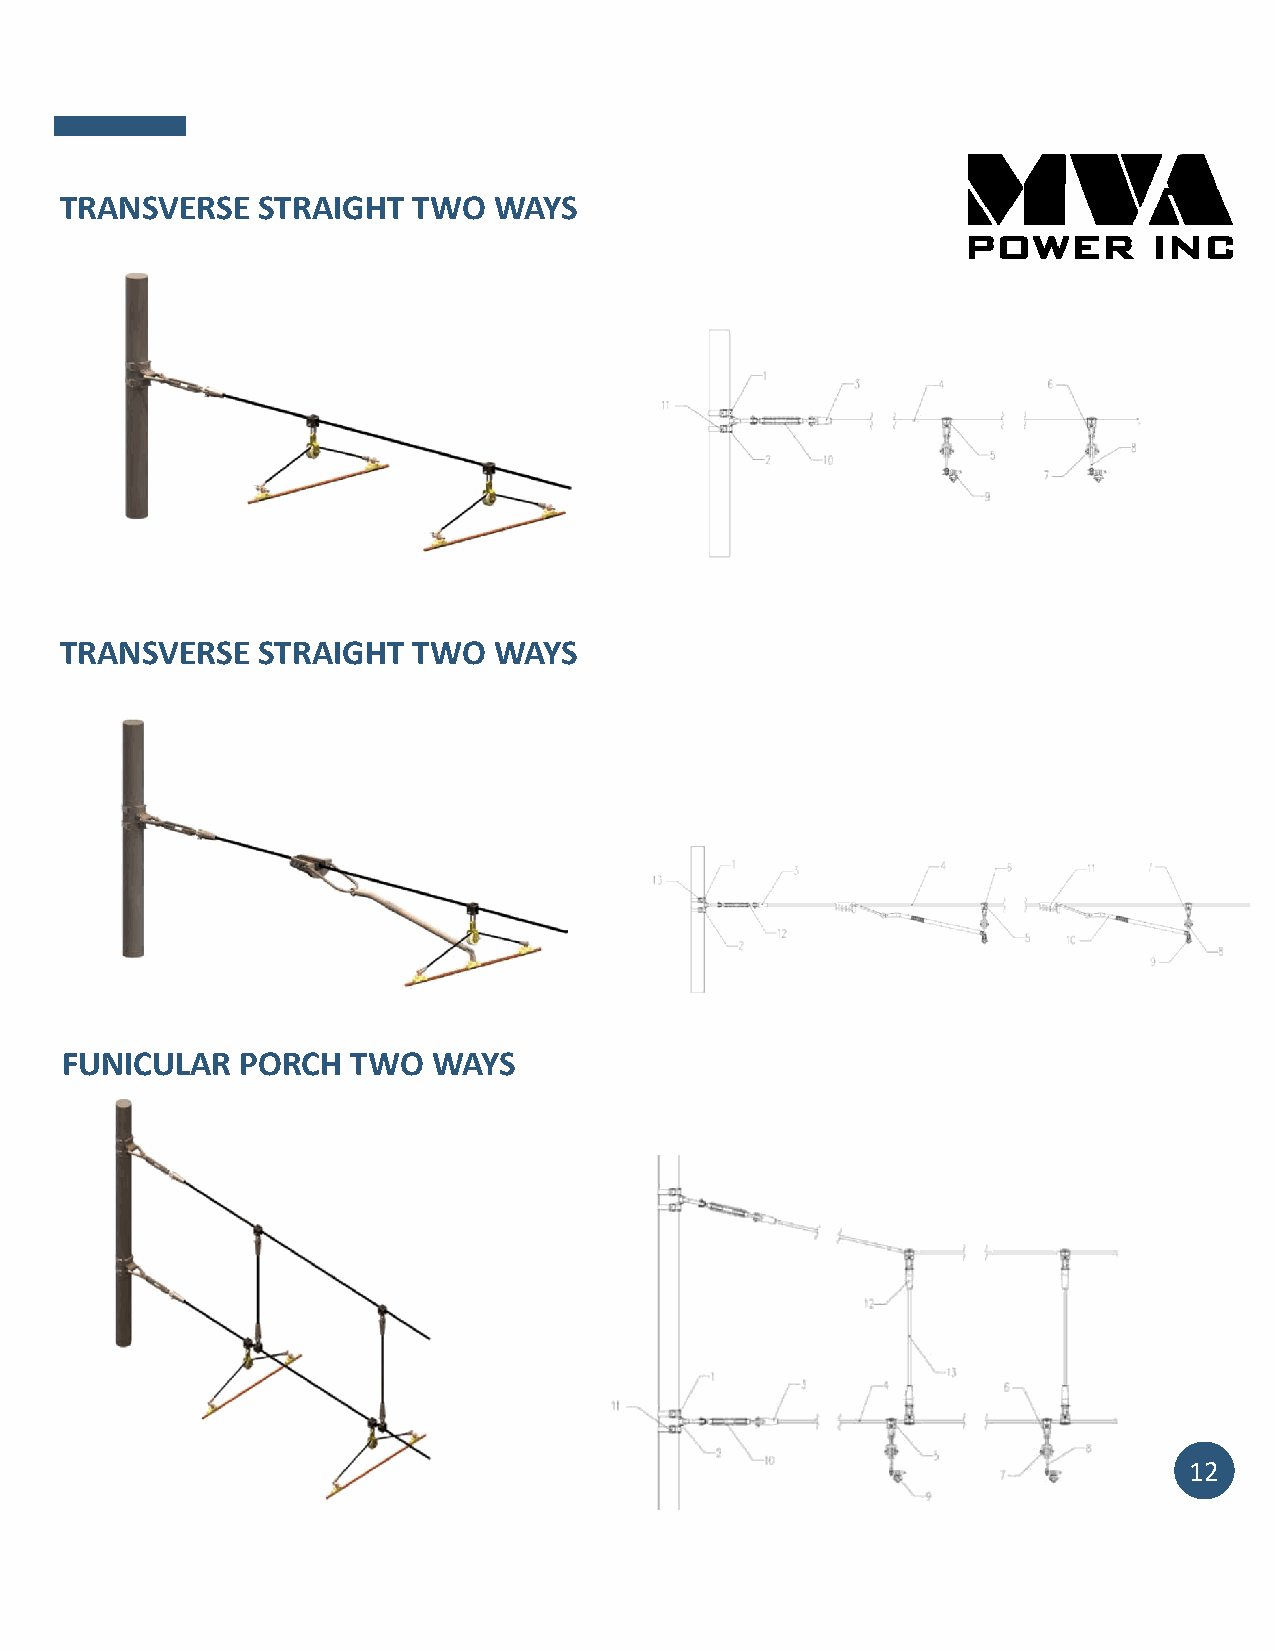
TRANSVERSE   STRAIGHT  TWO   WAYS
 TRANSVERSE   STRAIGHT  TWO   WAYS
 FUNICULAR   PORCH  TWO   WAYS
 12